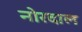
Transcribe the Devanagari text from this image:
नोरदाल